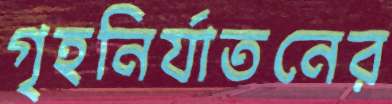
গৃহনির্যাতনের